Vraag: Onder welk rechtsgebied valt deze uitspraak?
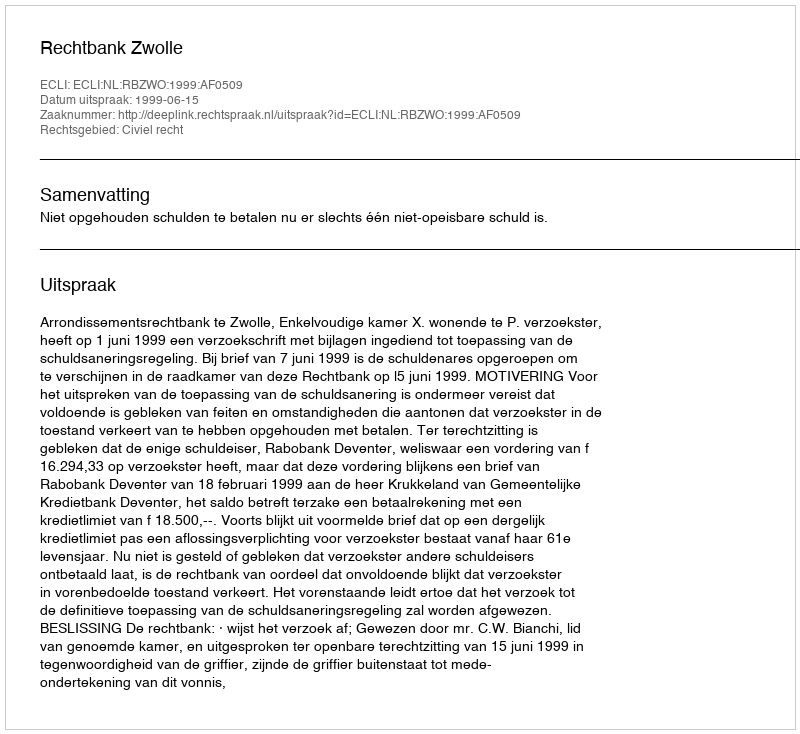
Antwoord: Civiel recht